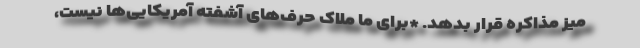
میز مذاکره قرار بدهد. *برای ما ملاک حرف‌های آشفته آمریکایی‌ها نیست،